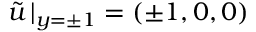
\boldsymbol { \Tilde { u } } \, | _ { y = \pm 1 } = ( \pm 1 , 0 , 0 )